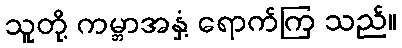
သူတို့ ကမ္ဘာအနှံ့ ရောက်ကြ သည်။